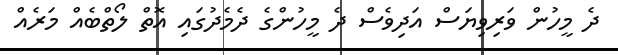
ދެ މީހުން ވަރިވިޔަސް އަދިވެސް ދެ މީހުންގެ ދެމެދުގައި އޮތް ލޯތްބެއް މަރެއް